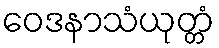
ဝေဒနာသံယုတ္တံ